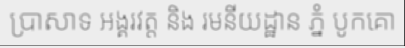
ប្រាសាទ អង្គរវត្ត និង រមនីយដ្ឋាន ភ្នំ បូកគោ